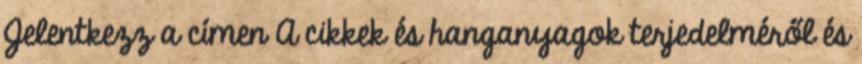
Jelentkezz a címen A cikkek és hanganyagok terjedelméről és